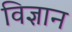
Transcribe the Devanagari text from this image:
विज्ञान